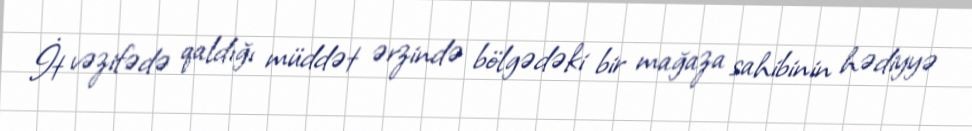
İt vəzifədə qaldığı müddət ərzində bölgədəki bir mağaza sahibinin hədiyyə